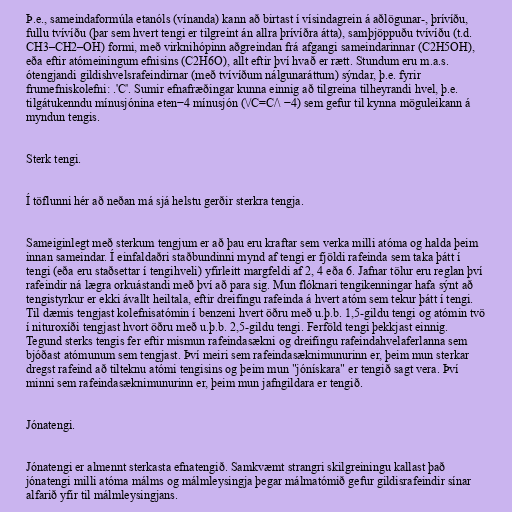
Þ.e., sameindaformúla etanóls (vínanda) kann að birtast í vísindagrein á aðlögunar-, þrívíðu,
fullu tvívíðu (þar sem hvert tengi er tilgreint án allra þrívíðra átta), samþjöppuðu tvívíðu (t.d.
CH3–CH2–OH) formi, með virknihópinn aðgreindan frá afgangi sameindarinnar (C2H5OH),
eða eftir atómeiningum efnisins (C2H6O), allt eftir því hvað er rætt. Stundum eru m.a.s.
ótengjandi gildishvelsrafeindirnar (með tvívíðum nálgunaráttum) sýndar, þ.e. fyrir
frumefniskolefni: .'C'. Sumir efnafræðingar kunna einnig að tilgreina tilheyrandi hvel, þ.e.
tilgátukenndu mínusjónina eten−4 mínusjón (\/C=C/\ −4) sem gefur til kynna möguleikann á
myndun tengis.

Sterk tengi.

Í töflunni hér að neðan má sjá helstu gerðir sterkra tengja.

Sameiginlegt með sterkum tengjum er að þau eru kraftar sem verka milli atóma og halda þeim
innan sameindar. Í einfaldaðri staðbundinni mynd af tengi er fjöldi rafeinda sem taka þátt í
tengi (eða eru staðsettar í tengihveli) yfirleitt margfeldi af 2, 4 eða 6. Jafnar tölur eru reglan því
rafeindir ná lægra orkuástandi með því að para sig. Mun flóknari tengikenningar hafa sýnt að
tengistyrkur er ekki ávallt heiltala, eftir dreifingu rafeinda á hvert atóm sem tekur þátt í tengi.
Til dæmis tengjast kolefnisatómin í benzeni hvert öðru með u.þ.b. 1,5-gildu tengi og atómin tvö
í nituroxíði tengjast hvort öðru með u.þ.b. 2,5-gildu tengi. Ferföld tengi þekkjast einnig.
Tegund sterks tengis fer eftir mismun rafeindasækni og dreifingu rafeindahvelaferlanna sem
bjóðast atómunum sem tengjast. Því meiri sem rafeindasæknimunurinn er, þeim mun sterkar
dregst rafeind að tilteknu atómi tengisins og þeim mun "jónískara" er tengið sagt vera. Því
minni sem rafeindasæknimunurinn er, þeim mun jafngildara er tengið.

Jónatengi.

Jónatengi er almennt sterkasta efnatengið. Samkvæmt strangri skilgreiningu kallast það
jónatengi milli atóma málms og málmleysingja þegar málmatómið gefur gildisrafeindir sínar
alfarið yfir til málmleysingjans.